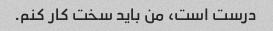
درست است، من باید سخت کار کنم.